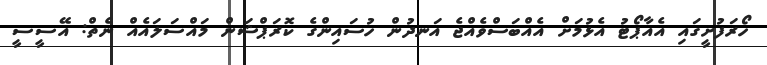
ހޯރަފުށީގައި އެއާޕޯޓު އެޅުމަށް އެއްބަސްވެއްޖެ އަނދުން ހުސައިންގެ ކޮރަޕްޝަން މައްސަލައެއް ނެތް: އޭސީސީ